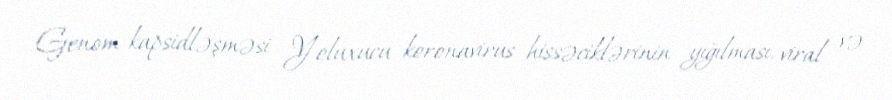
Genom kapsidləşməsi Yoluxucu koronavirus hissəciklərinin yığılması, viral və